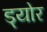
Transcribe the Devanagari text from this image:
ड्योर